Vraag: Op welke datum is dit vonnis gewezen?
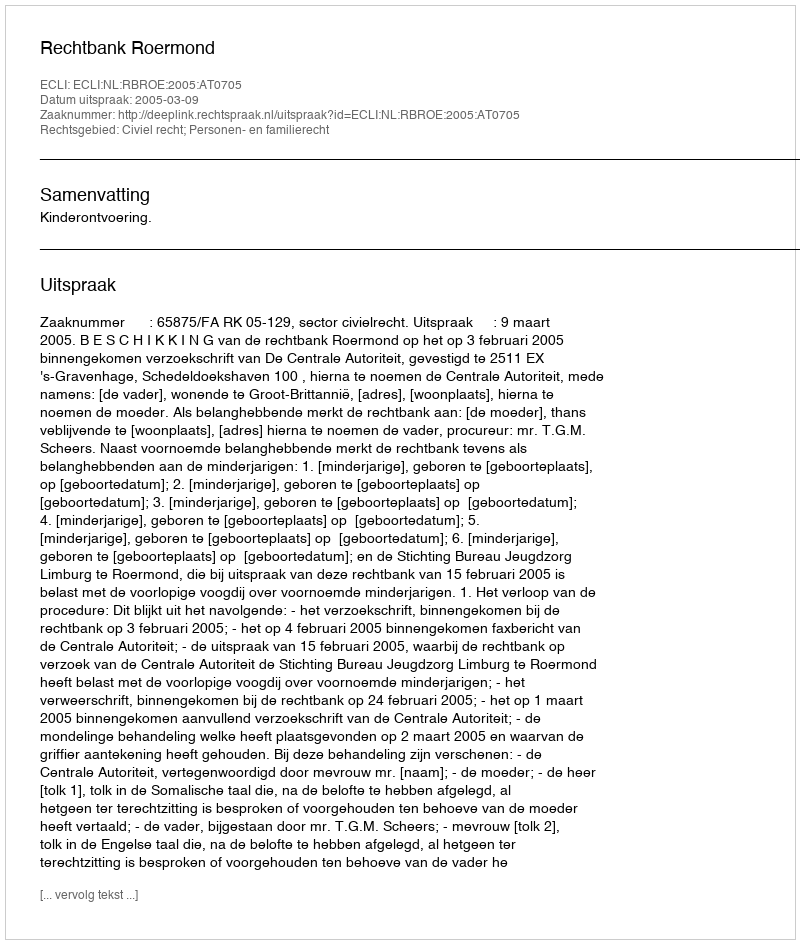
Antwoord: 2005-03-09